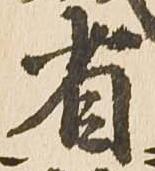
省